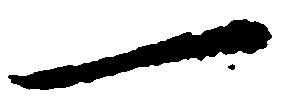
一